Report on the administration of the Government Cinchona Department 1892-98
Year: 1892
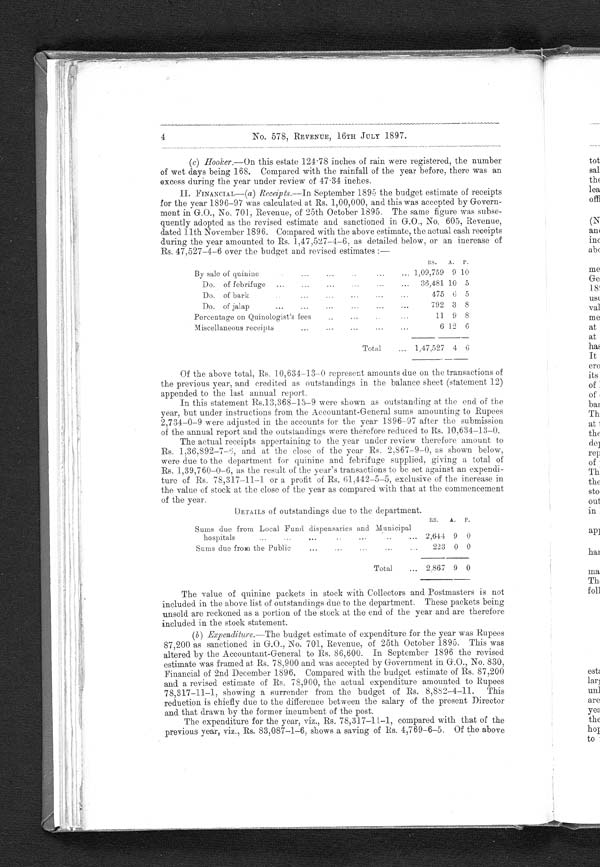
4
No. 578, REVENUE, 16TH JULY 1897.
(c) Hooker.—On this estate 124·78 inches of rain were registered, the number
of wet days being 168. Compared with the rainfall of the year before, there was an
excess during the year under review of 47·34 inches.
II. FINANCIAL—(a ) Receipts.—In September 1895 the budget estimate of receipts
for the year 1896–97 was calculated at Rs. 1,00,000, and this was accepted by Govern-
ment in G.O., No. 701, Revenue, of 25th October 1895. The same figure was subse-
quently adopted as the revised estimate and sanctioned in G.O., No. 605, Revenue,
dated 11th November 1896. Compared with the above estimate, the actual cash receipts
during the year amounted to Rs. 1,47,527–4–6, as detailed below, or an increase of
Rs. 47,527–4–6 over the budget and revised estimates :—
RS.
A.
P.
By sale of quinine
... ...
...
. . . 1 09 759 9 10
Do. of febrifuge
...
...
...
...
...
36,481 10 5
Do. of bark....
475
6 5
Do. of jalap
...
... ... ...
...
...
792 3 8
Percentage on Quinologist's fees
...
. . .
11 9 8
Miscellaneous receipts ...
...
...
6 12 6
Total
... 1,47,527 4 6
Of the above total, Rs. 10,634–13–0 represent amounts due on the transactions of
the previous year, and credited as outstandings in the balance sheet (statement 12)
appended to the last annual report.
In this statement Rs.13,368–13–9 were shown as outstanding at the end of the
year, but under instructions from the Accountant-General sums amounting to Rupees
2,734–0–9 were adjusted in the accounts for the year 1896-97 after the submission
of the annual report and the outstandings were therefore reduced to Rs. 10,634–13–0.
The actual receipts appertaining to the year under review therefore amount to
Rs. 1,36,892–7–6, and at the close of the year Rs. 2,867–9–0, as shown below,
were due to the department for quinine and febrifuge supplied, giving a total of
Rs. 1,39,760–0–6, as the result of the year's transactions to be set against an expendi-
ture of Rs. 78,317–11–1 or a profit of Rs. 61,442–5–5, exclusive of the increase in
the value of stock at the close of the year as compared with that at the commencement
of the year.
DETAILS of outstandings due to the department.
us.
A.
P.
Sums due from Local Fund dispensaries and Municipal
hospitals
...
. . .
. . .
. .
2. 644 9 0
Sums due from the Public
...
...
...
. .
223 0 0
Total
... 2.867 9 0
The value of quinine packets in stock with Collectors and Postmasters is not
included in the above list of outstandings due to the department. These packets being
unsold are reckoned as a portion of the stock at the end. of the year and are therefore
included in the stock statement.
( b ) Expenditure.—The budget estimate of expenditure for the year was Rupees
87,200 as sanctioned in G.O., No. 701, Revenue, of 25th October 1895. This was
altered by the Accountant-General to Rs. 86,600. In September 1896 the revised
estimate was framed at Rs. 78,900 and was accepted by Government in G.O., No. 830,
Financial of 2nd December 1896. Compared with the budget estimate of Rs. 87,200
and a revised estimate of Rs. 78,900, the actual expenditure amounted to Rupees
78,317–11–1, showing a surrender from the budget of Rs. 8,882–4–11. This
reduction is chiefly due to the difference between the salary of the present Director
and that drawn by the former incumbent of the post.
The expenditure for the year, viz., Rs. 78,317–11–1, compared with that of the
previous year, viz., Rs. 83,087–1–6, shows a saving of Rs. 4,769–6–5. Of the above